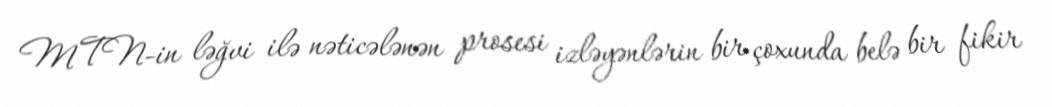
MTN-in ləğvi ilə nəticələnən prosesi izləyənlərin bir çoxunda belə bir fikir